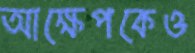
আক্ষেপকেও